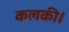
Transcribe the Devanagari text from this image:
कलकी।